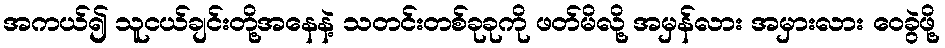
အကယ်၍ သူငယ်ချင်းတို့အနေနဲ့ သတင်းတစ်ခုခုကို ဖတ်မိလို့ အမှန်လား အမှားလား ဝေခွဲဖို့